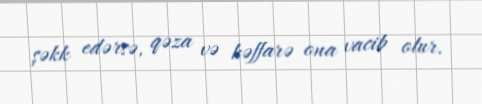
şəkk edərsə, qəza və kəffarə ona vacib olur.